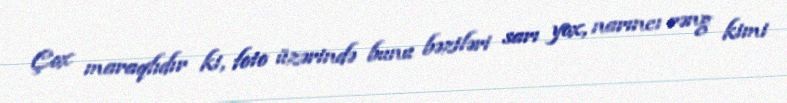
Çox maraqlıdır ki, foto üzərində bunu bəziləri sarı yox, narıncı rəng kimi